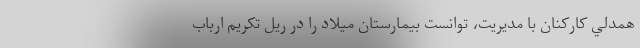
همدلي كاركنان با مديريت، توانست بيمارستان ميلاد را در ريل تكريم ارباب